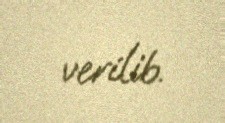
verilib.